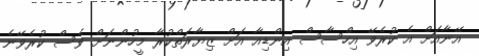
އޭނާއަށް އެ ކުރެވޭ އިހްސާސް އިންޑިއާ އަށް ޒިޔާރަތްކުރާ މީހުންނަށް ވެސް ކުރެވޭނެ